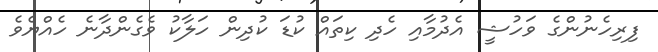
ފިރިހެނުންގެ ވަހުޝީ އެދުމާއި ހެދި ކިތައް ކުޑަ ކުދިން ހަލާކު ވެގެންދާނެ ހެއްޔެވެ